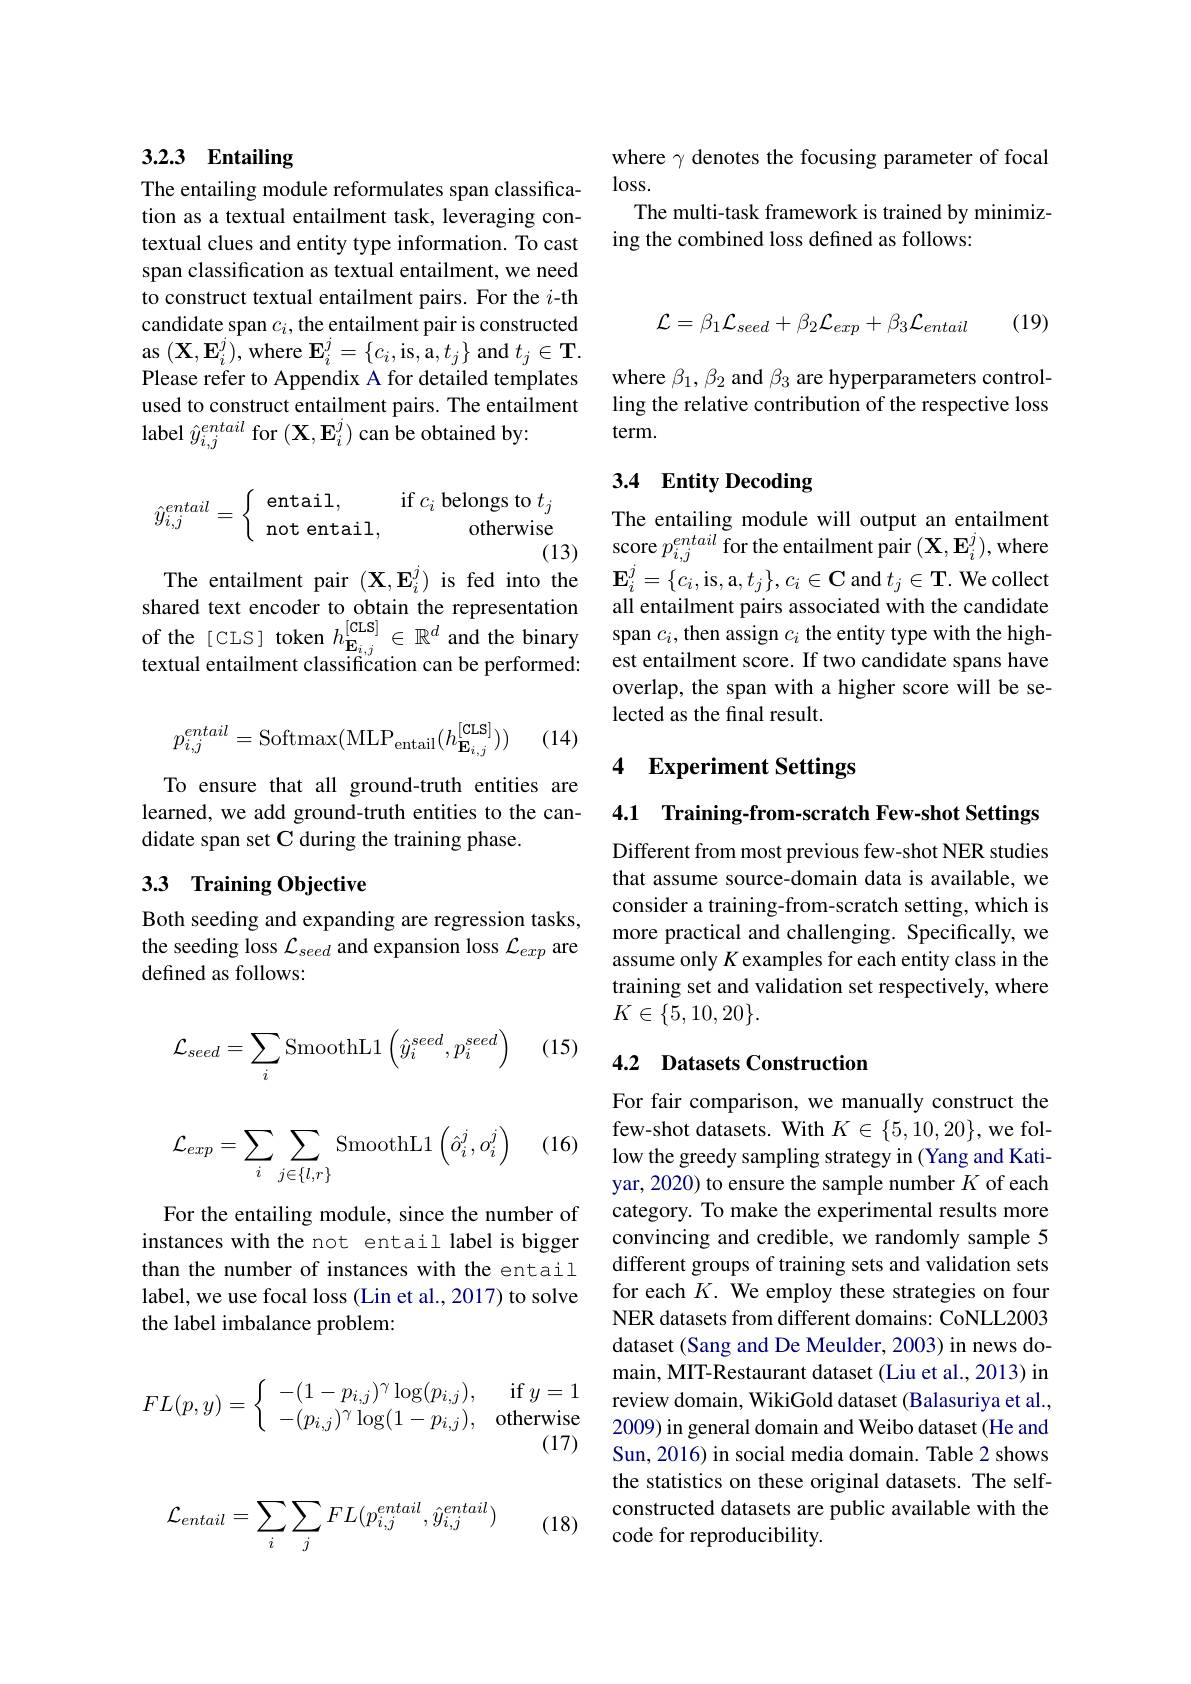
where $\gamma$ denotes the focusing parameter of focal
$\log$ss.
The multi-task framework is trained by minimiz-
ing the combined loss defined as follows:

# 3.2.3 Entailing

The entailing module reformulates span classification as a textual entailment task, leveraging contextual clues and entity type information. To cast span classification as textual entailment, we need to construct textual entailment pairs. For the $i$-th candidate span $c_i$,the entailment pair is constructed $\operatorname{as}\left(\mathbf{X},\mathbf{E}_{i}^{j}\right)$,where $\mathbf{E}_i^{j}=\{c_{i}$,is,a$,t_j\}$ and $t_j\in\mathbf{T}.$ Please refer to Appendix A for detailed templates used to construct entailment pairs. The entailment label $\hat{y}_{i,j}^{entail}$ for $(\mathbf{X},\mathbf{E}_i^j)$ can be obtained by:
$$\hat{y}_{i,j}^{entail}=\left\{\begin{array}{lr}\text{entail,}&\text{if}c_i\text{belongs to}t_j\\\text{not entail,}&\text{otherwise}\end{array}\right.$$
(13)

The entailment pair $(\mathbf{X},\mathbf{E}_i^j)$ is fed into the $\mathbf{E} _i^j= \{ c_i$,is,a$, t_j\} , c_i\in \mathbf{C}$ and $t_j\in\mathbf{T}.$ We collect

(14)
$$p_{i,j}^{entail}=\mathrm{Softmax}(\mathrm{MLP}_{\mathrm{entail}}(h_{\mathbf{E}_{i,j}}^{[\mathrm{CLS}]}))$$
To ensure that all ground-truth entities are learned, we add ground-truth entities to the candidate span set C during the training phase.

## 33 Training Objective

Both seeding and expanding are regression tasks, the seeding loss $\mathcal{L}_{seed}$ and expansion loss $\mathcal{L}_exp$ are defined as follows:

(15)
$$\begin{aligned}&\mathcal{L}_{seed}=\sum_{i}\mathrm{SmoothL}1\left(\hat{y}_{i}^{seed},p_{i}^{seed}\right)\\&\mathcal{L}_{exp}=\sum_{i}\sum_{j\in\{l,r\}}\mathrm{SmoothL}1\left(\hat{o}_{i}^{j},o_{i}^{j}\right)\end{aligned}$$
(16)

For the entailing module, since the number of instances with the not entail label is bigger than the number of instances with the entail label, we use focal loss (Lin et al., 2017) to solve the label imbalance problem:
$$FL(p,y)=\left\{\begin{array}{lr}-(1-p_{i,j})^{\gamma}\log(p_{i,j}),&\text{if}y=1\\-(p_{i,j})^{\gamma}\log(1-p_{i,j}),&\text{otherwise}\end{array}\right.$$
(17)

(18)
$$\mathcal{L}_{entail}=\sum_i\sum_jFL(p_{i,j}^{entail},\hat{y}_{i,j}^{entail})$$
(19)
$$\mathcal{L}=\beta_{1}\mathcal{L}_{seed}+\beta_{2}\mathcal{L}_{exp}+\beta_{3}\mathcal{L}_{entail}$$
where $\beta_1,\beta_2$ and $\beta_3$ are hyperparameters controlling the relative contribution of the respective loss term.

# 3.4 Entity Decoding

The entailing module will output an entailments score $p_{i,j}^{entail}$ for the entailment pair $(\mathbf{X},\mathbf{E}_i^j)$,where
shared text encoder to obtain the representation all entailment pairs associated with the candidate of the [CIS] token $h_\mathbf{E}_{i,j}^{[\mathrm{CLS}]}\in\mathbb{R}^d$ and the binary span $c_i$,then assign $c_i$ the entity type with the hightextual entailment classifica
overlap, the span with a higher score will be se-
lected as the final result.

# 4 Experiment Settings

4.1 Training-from-scratch Few-shot Settings

Different from most previous few-shot NER studies that assume source-domain data is available, we consider a training-from-scratch setting, which is more practical and challenging. Specifically, we assume only $K$ examples for each entity class in the training set and validation set respectively, where $K\in\{5,10,20\}.$

## 4.2 Datasets Construction

For fair comparison, we manually construct the few-shot datasets. With $K\in\{5,10,20\}$,we follow the greedy sampling strategy in (Yang and Katiyar, 2020) to ensure the sample number $K$ of each category. To make the experimental results more convincing and credible, we randomly sample 5 different groups of training sets and validation sets for each $K.$ We employ these strategies on four NER datasets from different domains: CoNLL2003 dataset (Sang and De Meulder, 2003) in news domain, MIT-Restaurant dataset (Liu et al., 2013) in review domain, WikiGold dataset (Balasuriya et al., 2009) in general domain and Weibo dataset (He and Sun, 2016) in social media domain. Table 2 shows the statistics on these original datasets. The selfconstructed datasets are public available with the code for reproducibility.